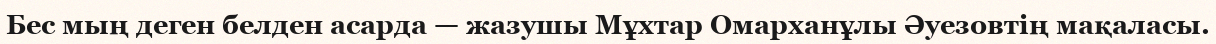
Бес мың деген белден асарда — жазушы Мұхтар Омарханұлы Әуезовтің мақаласы.